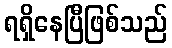
ရရှိနေပြီဖြစ်သည်